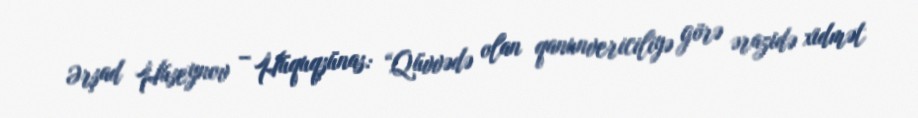
Ərşad Hüseynov – Hüquqşünas: “Qüvvədə olan qanunvericiliyə görə ərazidə xidmət